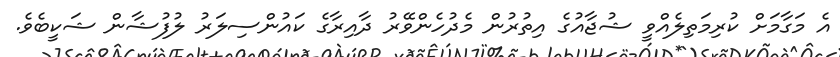
އެ މަގާމަށް ކުރިމަތިލެއްވީ ޝުޖާއުގެ އިތުރުން މެދުހެންވޭރު ދާއިރާގެ ކައުންސިލަރު ލުފުޝާން ޝަކީބެވެ.